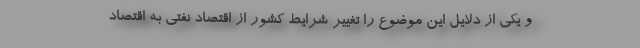
و یکی از دلایل این موضوع را تغییر شرایط کشور از اقتصاد نفتی به اقتصاد